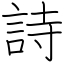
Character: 詩